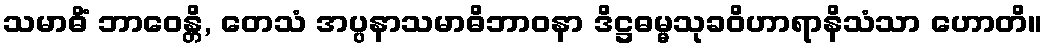
သမာဓိံ ဘာဝေန္တိ, တေသံ အပ္ပနာသမာဓိဘာဝနာ ဒိဋ္ဌဓမ္မသုခဝိဟာရာနိသံသာ ဟောတိ။